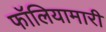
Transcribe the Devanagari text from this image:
फॉलियामारी